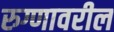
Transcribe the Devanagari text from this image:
रुग्णावरील